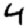
Digit: 4